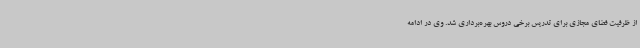
از ظرفیت فضای مجازی برای تدریس برخی دروس بهره‌برداری شد. وی در ادامه